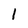
Character: 1